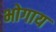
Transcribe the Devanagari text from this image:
भोगाय